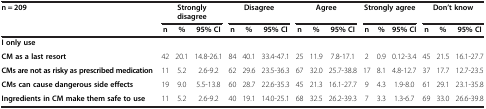
| <ROWSPAN=2> n = 209 | <COLSPAN=3> Strongly disagree | <COLSPAN=3> Disagree | <COLSPAN=3> Agree | <COLSPAN=3> Strongly agree | <COLSPAN=3> Don’t know |
 | n | % | 95% CI | n | % | 95% CI | n | % | 95% CI | n | % | 95% CI | n | % | 95% CI |
 | --- | --- | --- | --- | --- | --- | --- | --- | --- | --- | --- | --- | --- | --- | --- | --- |
 | I only use |  |  |  |  |  |  |  |  |  |  |  |  |  |  |  |
 | CM as a last resort | 42 | 20.1 | 14.8-26.1 | 84 | 40.1 | 33.4-47.1 | 25 | 11.9 | 7.8-17.1 | 2 | 0.9 | 0.12-3.4 | 45 | 21.5 | 16.1-27.7 |
 | CMs are not as risky as prescribed medication | 11 | 5.2 | 2.6-9.2 | 62 | 29.6 | 23.5-36.3 | 67 | 32.0 | 25.7-38.8 | 17 | 8.1 | 4.8-12.7 | 37 | 17.7 | 12.7-23.5 |
 | CMs can cause dangerous side effects | 19 | 9.0 | 5.5-13.8 | 60 | 28.7 | 22.6-35.3 | 45 | 21.3 | 16.1-27.7 | 9 | 4.3 | 1.9-8.0 | 61 | 29.1 | 23.1-35.8 |
 | Ingredients in CM make them safe to use | 11 | 5.2 | 2.6-9.2 | 40 | 19.1 | 14.0-25.1 | 68 | 32.5 | 26.2-39.3 | 7 | 3.3 | 1.3-6.7 | 69 | 33.0 | 26.6-39.8 |